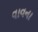
વાવના